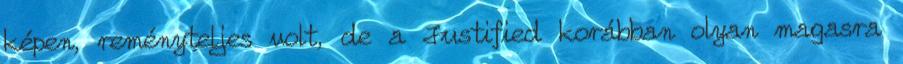
képen, reményteljes volt, de a Justified korábban olyan magasra